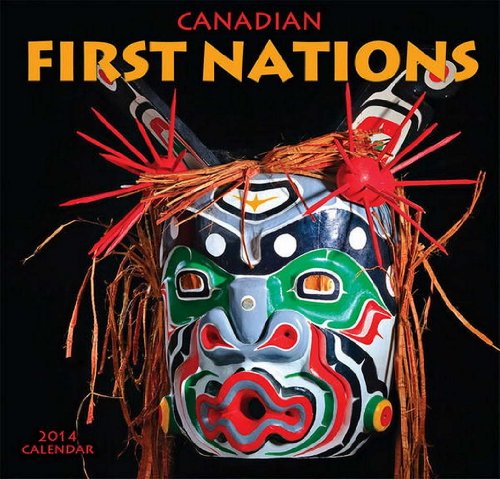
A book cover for Canadian First Nations 2014 Calendar; Wyman Publishing; Calendars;